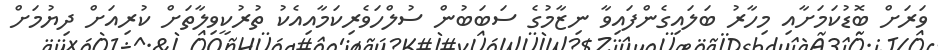
ވަރަށް ބޮޑުކަމަށާއި މިހާރު ބަަލައިގެންފައިވާ ނިޒާމުގެ ސަބަބުން ސުލްހަވެރިކަމާއިއެކު ތުރުކީވިލާތަށް ކުރިއަށް ދިޔުމަށް